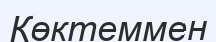
Көктеммен